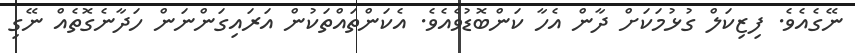
ނޭގެއެވެ. ފިޒިކަލް ގުޅުމަކަށް ދާން އެހާ ކަންބޮޑުވެއެވެ. އެކަންތައްތަކުން އަރައިގަންނަން ހަދާނެގޮތެއް ނޭގި